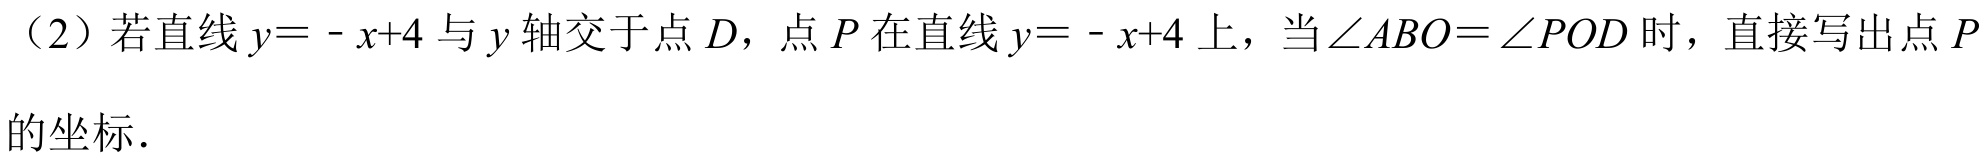
（2）若直线 \(y = -x + 4\) 与 \(y\) 轴交于点 \(D\)，点 \(P\) 在直线 \(y = -x + 4\) 上，当\(\angle ABO=\angle POD\) 时，直接写出点 \(P\) 的坐标．